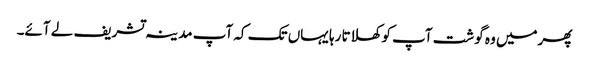
پھرمیں وہ گوشت آپ کو کھلاتا رہا یہاں تک کہ آپ مدینہ تشریف لے آئے۔